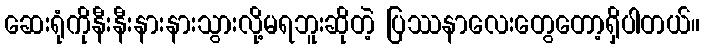
ဆေးရုံကိုနီးနီးနားနားသွားလို့မရဘူးဆိုတဲ့ ပြဿနာလေးတွေတော့ရှိပါတယ်။